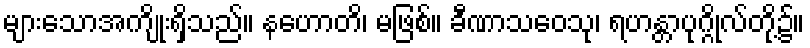
များသောအကျိုးရှိသည်။ နဟောတိ၊ မဖြစ်။ ခီဏာသဝေသု၊ ရဟန္တာပုဂ္ဂိုလ်တို့၌။